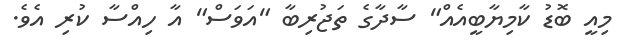
މިއީ ބޮޑު ކާމިޔާބީއެއް" ސާދާގެ ތަޖުރިބާ "އަވަސް" އާ ހިއްސާ ކުރި އެވެ.